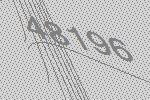
48196